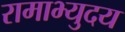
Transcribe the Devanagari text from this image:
रामाभ्युदय